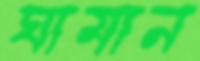
ঘামান